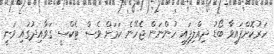
ހަރުކޮށްފައިވާ ބޯޑު ދިއްލިފައި ހުންނަން ޖެހޭނެ ކަމަށް ވެސް ޓެކްސީ ގަވާއިދުގައި ވަނީ